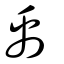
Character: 禹